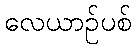
လေယာဉ်ပစ်